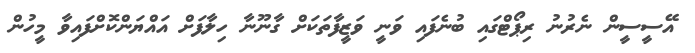
އޭސީސީން ނެރުނު ރިޕޯޓްގައި ބުނެފައި ވަނީ ވަޒީފާތަކަށް ގާނޫނާ ހިލާފަށް އައްޔަންކޮށްފައިވާ މީހުން